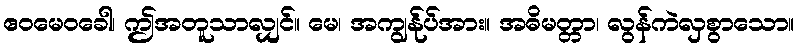
ဧဝမေဝခေါ၊ ဤအတူသာလျှင်။ မေ၊ အကျွန်ုပ်အား။ အဓိမတ္တာ၊ လွန်ကဲလှစွာသော။